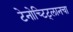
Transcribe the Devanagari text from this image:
टेनोच्टिट्लानचा